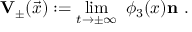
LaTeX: { \mathbf { V } } _ { \pm } ( \vec { x } ) : = \operatorname * { l i m } _ { t \to \pm \infty } \ \phi _ { 3 } ( x ) { \mathbf { n } } ~ .